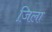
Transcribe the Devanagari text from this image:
जि़ला